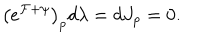
LaTeX: \big ( e ^ { \cal F + \psi } \big ) _ { p } d \lambda = d J _ { p } = 0 .